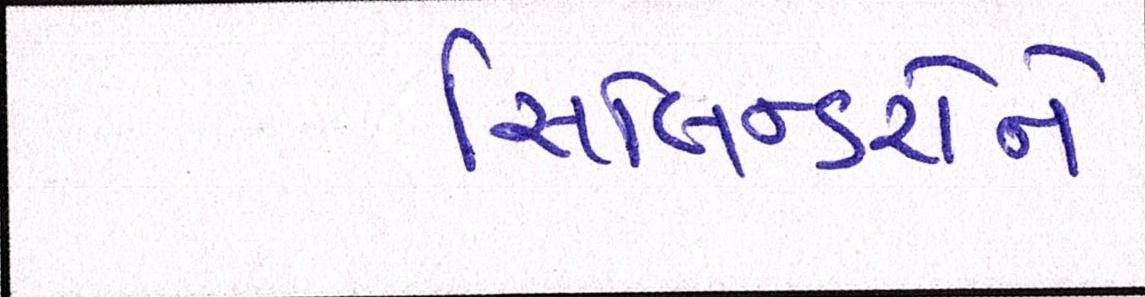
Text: સિલિન્ડરોને